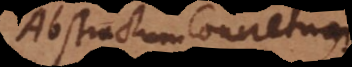
Abstractum, Concretum.